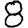
Digit: 8